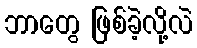
ဘာတွေ ဖြစ်ခဲ့လို့လဲ